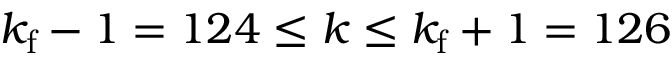
k _ { \mathrm { f } } - 1 = 1 2 4 \le k \le k _ { \mathrm { f } } + 1 = 1 2 6